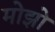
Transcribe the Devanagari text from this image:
मोझो